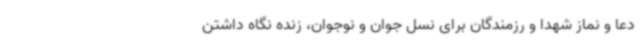
دعا و نماز شهدا و رزمندگان برای نسل جوان و نوجوان، زنده نگاه داشتن